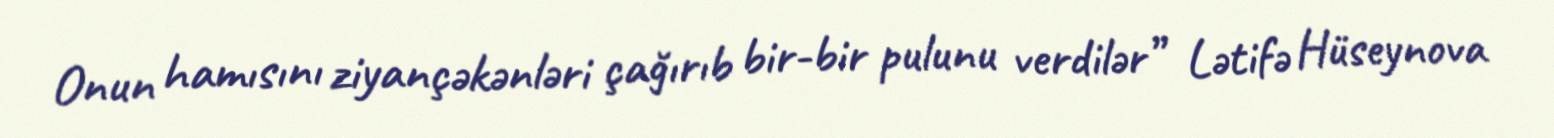
Onun hamısını ziyançəkənləri çağırıb bir-bir pulunu verdilər” Lətifə Hüseynova